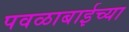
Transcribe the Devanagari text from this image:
पवळाबाईच्या